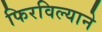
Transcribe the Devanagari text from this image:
फिरविल्याने